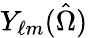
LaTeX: Y_{\ell m}(\hat{\Omega})